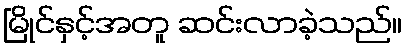
မြိုင်နှင့်အတူ ဆင်းလာခဲ့သည်။